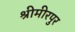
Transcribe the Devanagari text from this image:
श्रीमीरपुर